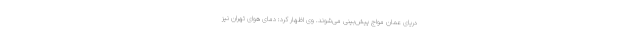
دریای عمان مواج پیش‌بینی می‌شوند. وی اظهار کرد: دمای هوای تهران نیز